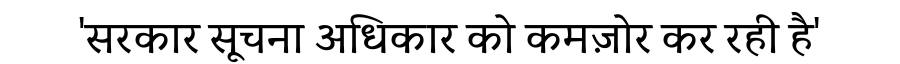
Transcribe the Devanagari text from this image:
'सरकार सूचना अधिकार को कमज़ोर कर रही है'